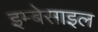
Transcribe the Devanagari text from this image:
इम्बेसाइल